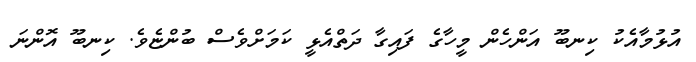
އުޅުމާއެކު ކިނބޫ އަންހެން މީހާގެ ފައިގާ ދަތްއެޅީ ކަމަށްވެސް ބުންޏެވެ. ކިނބޫ އޮންނަ